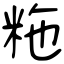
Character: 粚